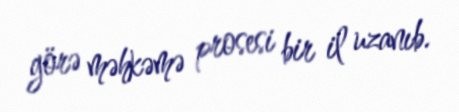
görə məhkəmə prosesi bir il uzanıb.